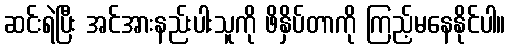
ဆင်းရဲပြီး အင်အားနည်းပါးသူကို ဖိနှိပ်တာကို ကြည့်မနေနိုင်ပါ။